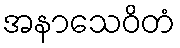
အနာသေဝိတံ